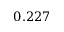
0 . 2 2 7